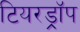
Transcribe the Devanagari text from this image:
टियरड्रॉप